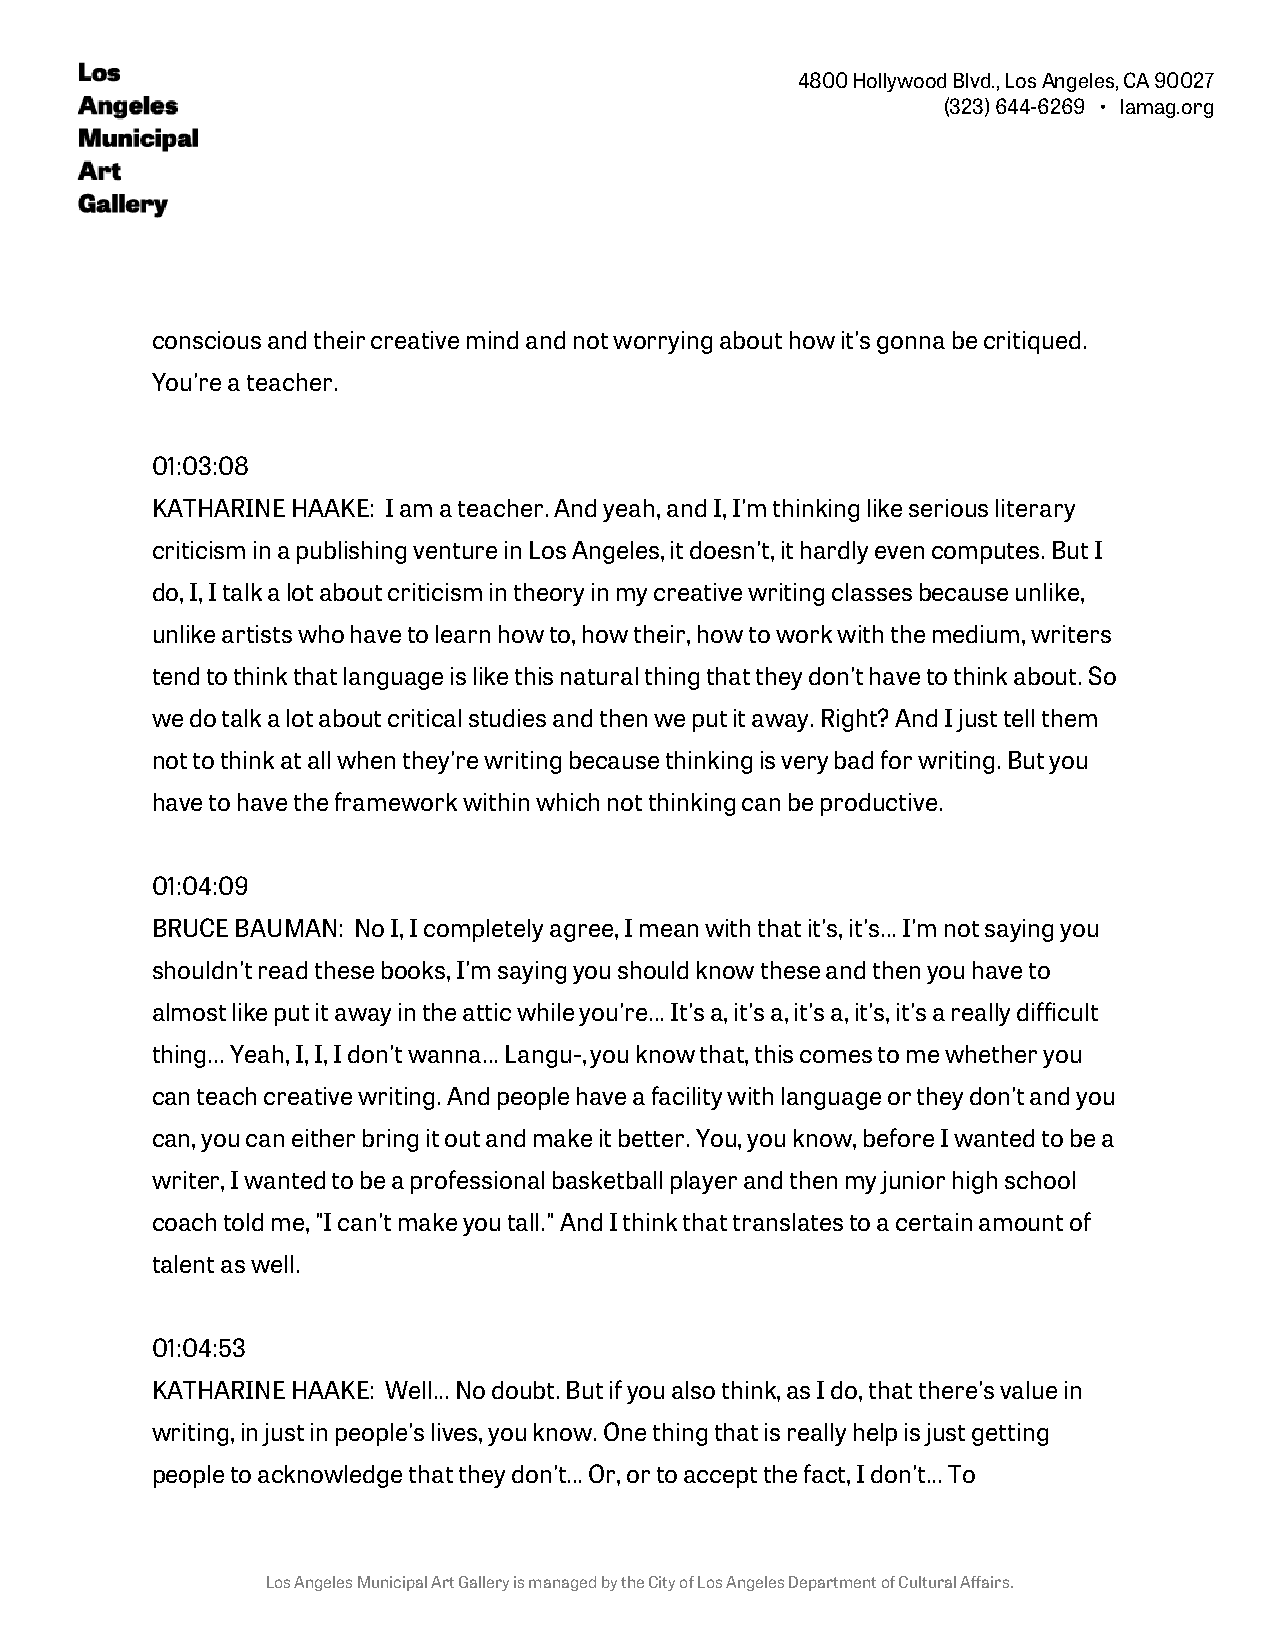
4800 Hollywood Blvd., Los Angeles, CA 90027
 (323) 644-6269 • lamag.org
 conscious and their creative mind and not worrying about how it's gonna be critiqued.
 You're a teacher.
 01:03:08
 KATHARINE HAAKE: I am a teacher. And yeah, and I, I'm thinking like serious literary
 criticism in a publishing venture in Los Angeles, it doesn't, it hardly even computes. But I
 do, I, I talk a lot about criticism in theory in my creative writing classes because unlike,
 unlike artists who have to learn how to, how their, how to work with the medium, writers
 tend to think that language is like this natural thing that they don't have to think about. So
 we do talk a lot about critical studies and then we put it away. Right? And I just tell them
 not to think at all when they're writing because thinking is very bad for writing. But you
 have to have the framework within which not thinking can be productive.
 01:04:09
 BRUCE BAUMAN: No I, I completely agree, I mean with that it's, it's... I'm not saying you
 shouldn't read these books, I'm saying you should know these and then you have to
 almost like put it away in the attic while you're... It's a, it's a, it's a, it's, it's a really difficult
 thing... Yeah, I, I, I don't wanna... Langu-, you know that, this comes to me whether you
 can teach creative writing. And people have a facility with language or they don't and you
 can, you can either bring it out and make it better. You, you know, before I wanted to be a
 writer, I wanted to be a professional basketball player and then my junior high school
 coach told me, "I can't make you tall." And I think that translates to a certain amount of
 talent as well.
 01:04:53
 KATHARINE HAAKE: Well... No doubt. But if you also think, as I do, that there's value in
 writing, in just in people's lives, you know. One thing that is really help is just getting
 people to acknowledge that they don't... Or, or to accept the fact, I don't... To
 Los Angeles Municipal Art Gallery is managed by the City of Los Angeles Department of Cultural Affairs.